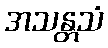
အသန္တသံ